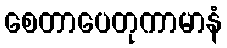
စေတာပေတုကာမာနံ